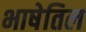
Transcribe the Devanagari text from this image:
भाषेतिल